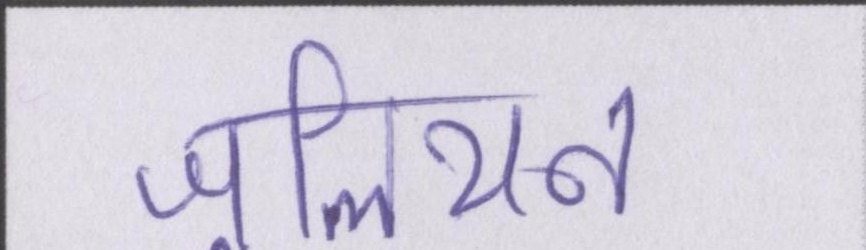
जूलियन